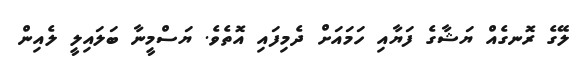
ލޭގެ ރޮނގެއް ޔަޝާގެ ފަޔާއި ހަމައަށް ދެމިފައި އޮތެވެ. ޔަސްމީނާ ބަލައިލީ ލެއިން